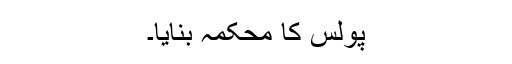
پولس کا محکمہ بنایا۔